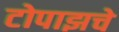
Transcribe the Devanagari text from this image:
टोपाझचे